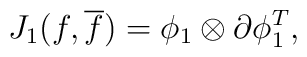
J_1(f, {\overline f})={\phi}_1\otimes{\partial}{\phi}_1^{T},